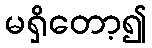
မရှိတော့၍